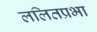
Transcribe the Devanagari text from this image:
ललितप्रभा